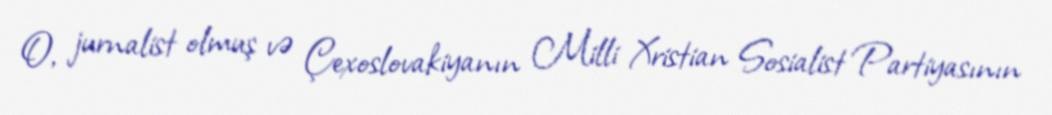
O, jurnalist olmuş və Çexoslovakiyanın Milli Xristian Sosialist Partiyasının